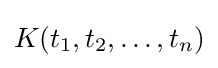
K(t_{1},t_{2},\dots ,t_{n})